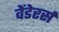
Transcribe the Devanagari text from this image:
वेंडेरर्स